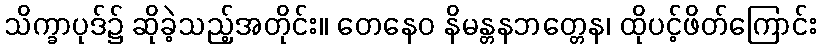
သိက္ခာပုဒ်၌ ဆိုခဲ့သည့်အတိုင်း။ တေနေဝ နိမန္တနဘတ္တေန၊ ထိုပင့်ဖိတ်ကြောင်း